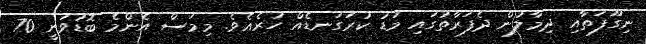
ނިގޫފަތާއި ދިމާލުން ދެފަރާތުގައި މަޑު ކުރަގަނޑެއް ހުރެއެވެ. މިމަސް އެންމެ ބޮޑުވަނީ 70